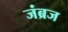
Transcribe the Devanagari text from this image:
जंब्रज